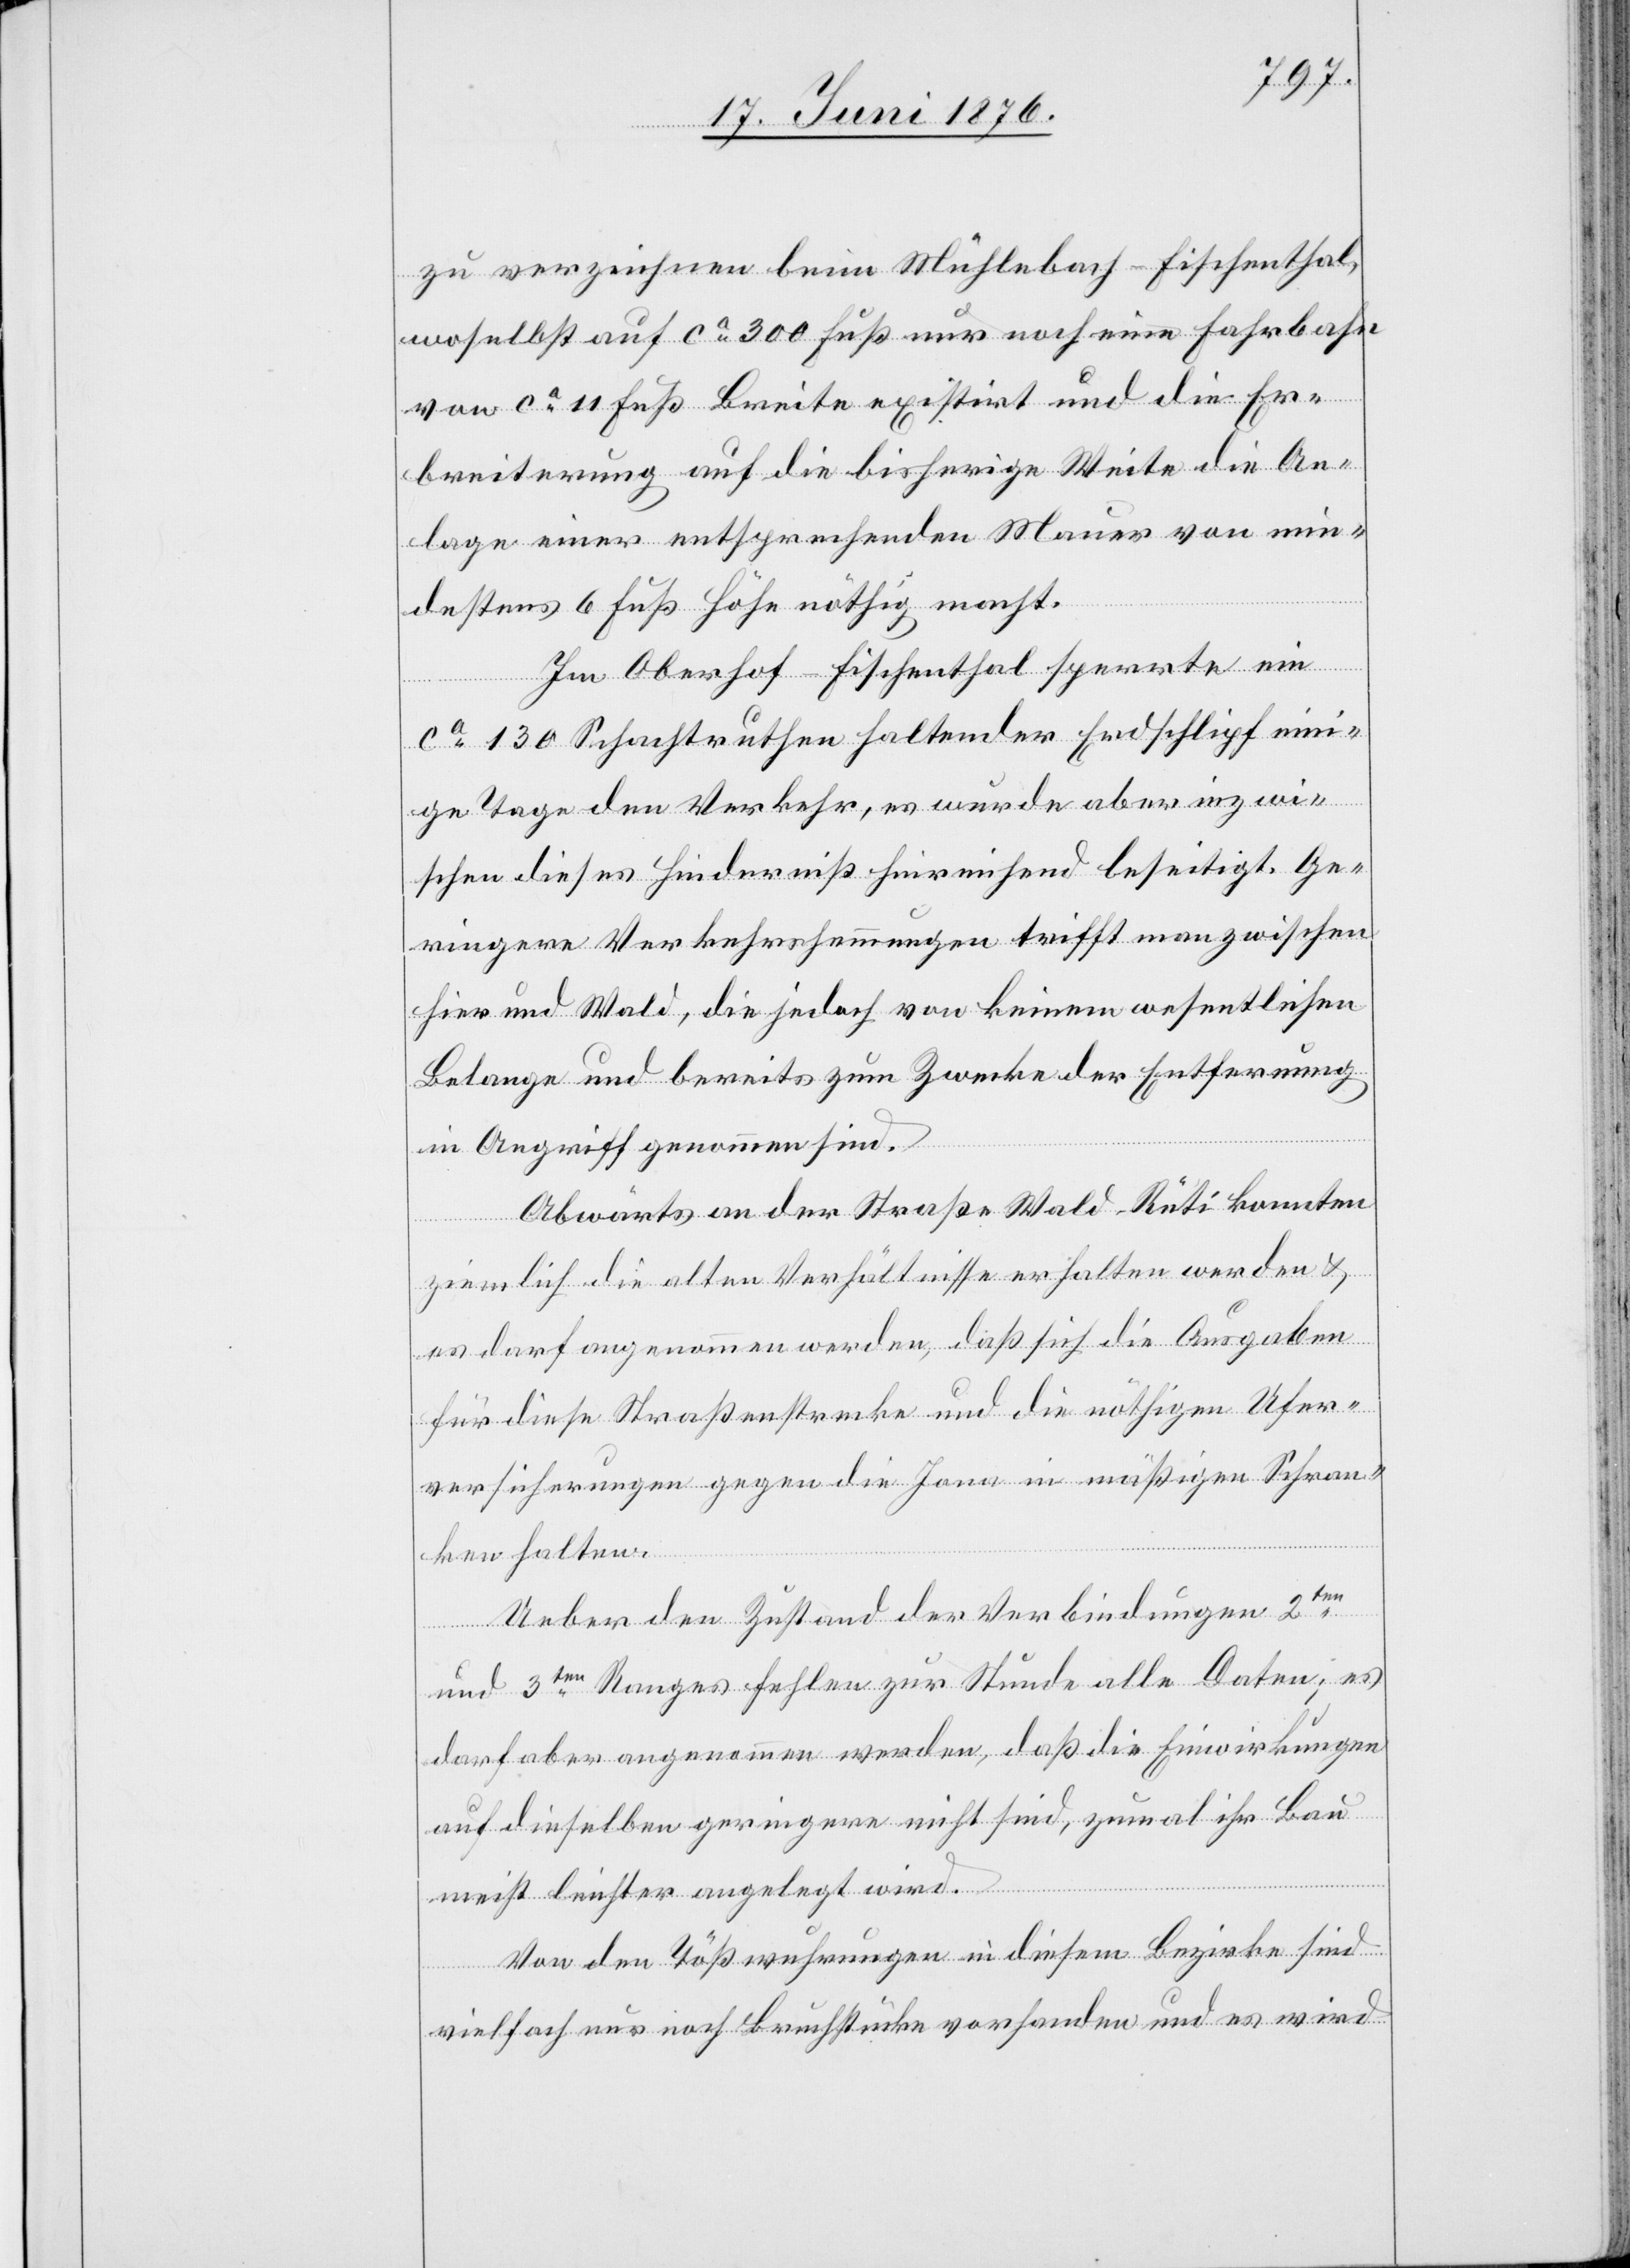
zu verzeichnen beim Mühlebach - Fischenthal,
woselbst auf ca 300 Fuß nur noch eine Fahrbahn
von ca 11 Fuß Breite existirt und die Er¬
breiterung auf die bisherige Weite die An¬
lage einer entsprechenden Mauer von min¬
destens 6 Fuß Höhe nöthig macht.
Im Oberhof - Fischenthal sperrte ein
ca 130 Schachtruthen haltender Erdschlipf ein¬
ige Tage den Verkehr, es wurde aber inzwi¬
schen dieses Hindernis hinreichend beseitigt. Ge¬
ringere Verkehrshemmungen treffen man zwischen
hier und Wald, die jedoch von keinem wesentlichen
Belange und bereits zum Zwecke der Entfernung
in Angriff genommen sind.
Abwärts an der Straße Wald–Rüti konnten
ziemlich die alten Verhältnisse erhalten werden &
es darf angenommen werden, daß sich die Ausgaben
für diese Straßenstrecke und die nöthigen Ufer¬
versicherungen gegen die Jona in mäßigen Schran¬
ken halten.
Ueber den Zustand der Verbindungen 2ten
und 3ten Ranges fehlen zur Stunde alle Daten; es
darf aber angenommen werden, das die Einwirkungen
auf dieselben geringere nicht sind, zumal ihr Bau
meist leichter angelegt wird.
Von den Tößwuhrungen in diesem Bezirke sind
vielfach nur noch Bruchstücke vorhanden und es wird